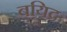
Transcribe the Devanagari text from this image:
बयिद